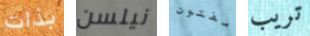
بذات نيلسن مفتون تريب